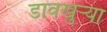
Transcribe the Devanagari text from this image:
डावखुऱ्या